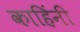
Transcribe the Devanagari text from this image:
काहिंनी